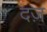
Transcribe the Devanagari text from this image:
दज़